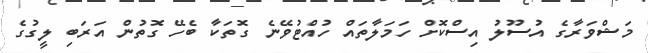
މަޝްވަރާގެ އުސޫލު އިސްކޮށް ހަމަލާތައް ހުއްޓުވޭނެ ގޮތަކާ ބެހޭ ގޮތުން އަރަބި ލީގުގެ